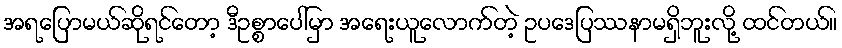
အရပြောမယ်ဆိုရင်တော့ ဒီဥစ္စာပေါ်မှာ အရေးယူလောက်တဲ့ ဥပဒေပြဿနာမရှိဘူးလို့ ထင်တယ်။